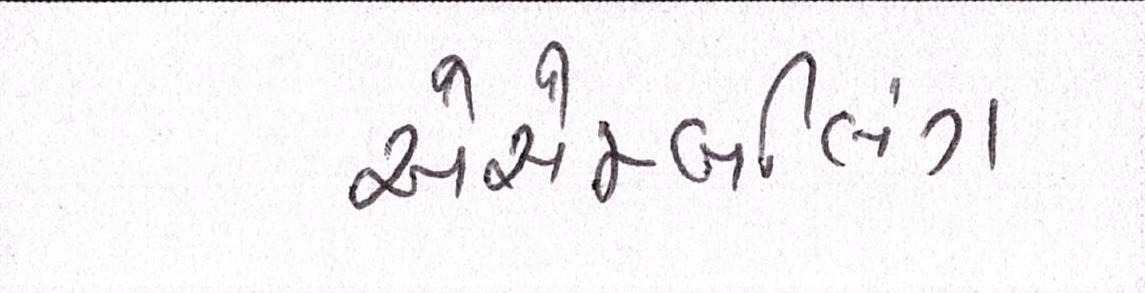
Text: એસેમ્બલિંગ